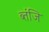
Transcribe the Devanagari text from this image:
ब्तंजि